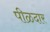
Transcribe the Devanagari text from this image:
पीळदार